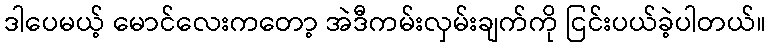
ဒါပေမယ့် မောင်လေးကတော့ အဲဒီကမ်းလှမ်းချက်ကို ငြင်းပယ်ခဲ့ပါတယ်။